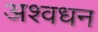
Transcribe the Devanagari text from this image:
अश्वधन